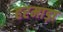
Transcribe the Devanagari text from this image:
हरमाड़ा